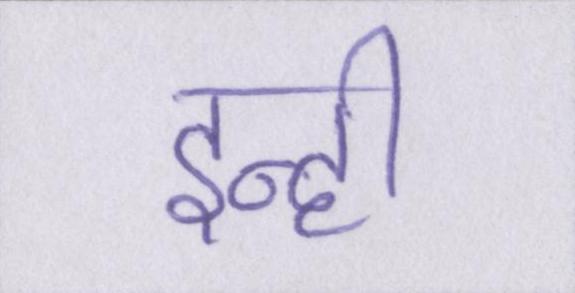
इन्ही